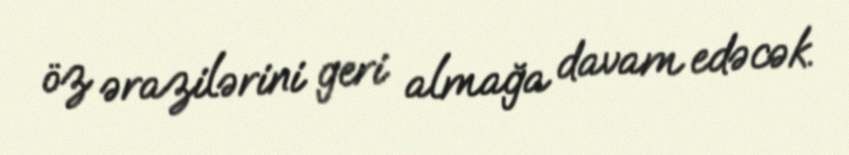
öz ərazilərini geri almağa davam edəcək.